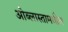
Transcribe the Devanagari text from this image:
ओब्लास्तामधील